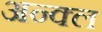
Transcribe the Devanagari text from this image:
अन्क्ल